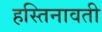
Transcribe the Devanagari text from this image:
हस्तिनावती